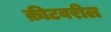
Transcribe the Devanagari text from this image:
क्रीटवरील